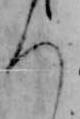
ち